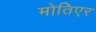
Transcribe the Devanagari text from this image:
मोतिएर